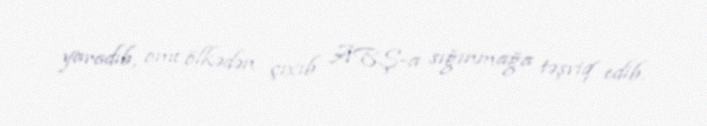
yaradıb, onu ölkədən çıxıb ABŞ-a sığınmağa təşviq edib.